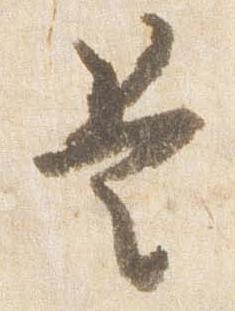
是